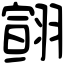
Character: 翧